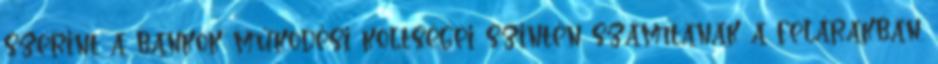
szerint a bankok működési költségei szintén számítanak a felárakban.